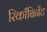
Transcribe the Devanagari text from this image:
रिकाँबिनेंट